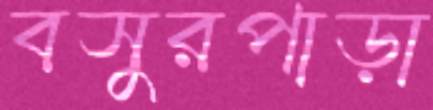
বসুরপাড়া